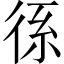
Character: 𭛭